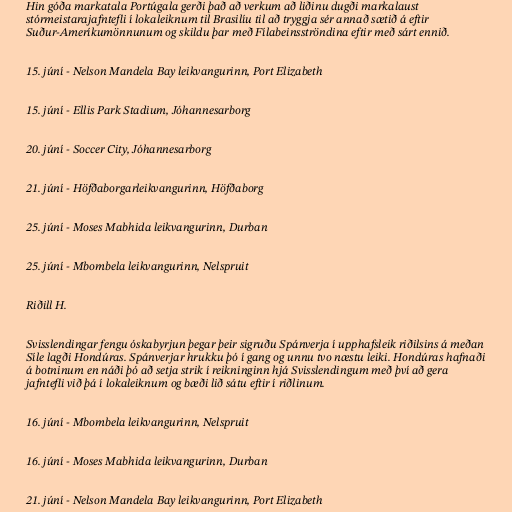
Hin góða markatala Portúgala gerði það að verkum að liðinu dugði markalaust
stórmeistarajafntefli í lokaleiknum til Brasilíu til að tryggja sér annað sætið á eftir
Suður-Ameríkumönnunum og skildu þar með Fílabeinsströndina eftir með sárt ennið.

15. júní - Nelson Mandela Bay leikvangurinn, Port Elizabeth

15. júní - Ellis Park Stadium, Jóhannesarborg

20. júní - Soccer City, Jóhannesarborg

21. júní - Höfðaborgarleikvangurinn, Höfðaborg

25. júní - Moses Mabhida leikvangurinn, Durban

25. júní - Mbombela leikvangurinn, Nelspruit

Riðill H.

Svisslendingar fengu óskabyrjun þegar þeir sigruðu Spánverja í upphafsleik riðilsins á meðan
Síle lagði Hondúras. Spánverjar hrukku þó í gang og unnu tvo næstu leiki. Hondúras hafnaði
á botninum en náði þó að setja strik í reikninginn hjá Svisslendingum með því að gera
jafntefli við þá í lokaleiknum og bæði lið sátu eftir í riðlinum.

16. júní - Mbombela leikvangurinn, Nelspruit

16. júní - Moses Mabhida leikvangurinn, Durban

21. júní - Nelson Mandela Bay leikvangurinn, Port Elizabeth